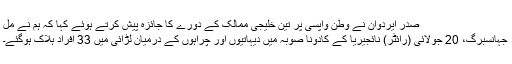
صدر ایردوان نے وطن واپسی پر تین خلیجی ممالک کے دورے کا جائزہ پیش کرتے ہوئے کہا کہ ہم نے مل
جہانسبرگ، 20 جولائی (رائٹر) نائجیریا کے کادونا صوبہ میں دیہاتیوں اور چراہوں کے درمیان لڑائی میں 33 افراد ہلاک ہوگئے۔